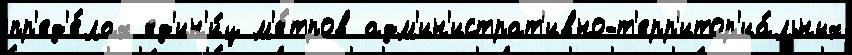
пр'ед'е́лах ед'ин'и́ц м'е́тров адм'ин'истрат'ивно-т'ерр'итор'иа́льных